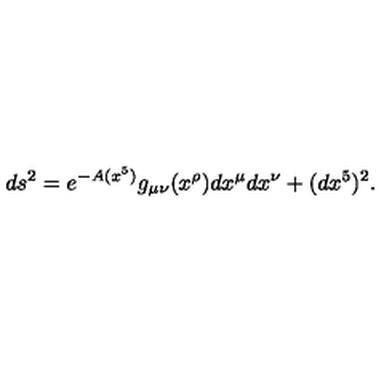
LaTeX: d s ^ { 2 } = e ^ { - A ( x ^ { 5 } ) } g _ { \mu \nu } ( x ^ { \rho } ) d x ^ { \mu } d x ^ { \nu } + ( d x ^ { 5 } ) ^ { 2 } .